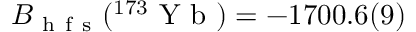
B _ { \mathrm { ~ h ~ f ~ s ~ } } ( ^ { 1 7 3 } \mathrm { ~ Y ~ b ~ } ) = - 1 7 0 0 . 6 ( 9 )